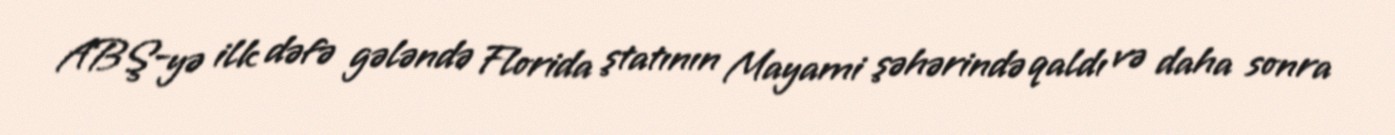
ABŞ-yə ilk dəfə gələndə Florida ştatının Mayami şəhərində qaldı və daha sonra